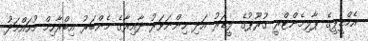
އެމްޑީޕީގެ ޕާލިމެންޓްރީ ގުރޫޕުގެ ލީޑަރު އަދި ހިންނަވަރު ދާއިރާގެ މެންބަރު އިބްރާހިމް މުހައްމަދު